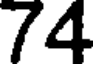
74